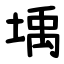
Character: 㙖